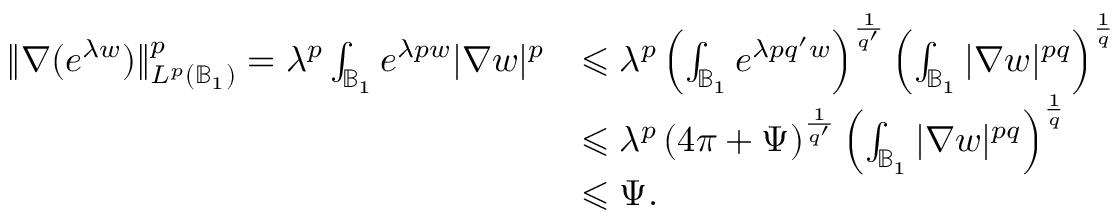
\begin{array} { r l } { \| \nabla ( e ^ { \lambda w } ) \| _ { L ^ { p } ( \mathbb { B } _ { 1 } ) } ^ { p } = \lambda ^ { p } \int _ { \mathbb { B } _ { 1 } } e ^ { \lambda p w } | \nabla w | ^ { p } } & { \leqslant \lambda ^ { p } \left( \int _ { \mathbb { B } _ { 1 } } e ^ { \lambda p q ^ { \prime } w } \right) ^ { \frac { 1 } { q ^ { \prime } } } \left( \int _ { \mathbb { B } _ { 1 } } | \nabla w | ^ { p q } \right) ^ { \frac { 1 } { q } } } \\ & { \leqslant \lambda ^ { p } \left( 4 \pi + \Psi \right) ^ { \frac { 1 } { q ^ { \prime } } } \left( \int _ { \mathbb { B } _ { 1 } } | \nabla w | ^ { p q } \right) ^ { \frac { 1 } { q } } } \\ & { \leqslant \Psi . } \end{array}